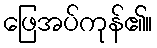
ဖြေအပ်ကုန်၏။